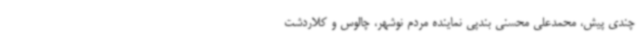
چندی پیش، محمدعلی محسنی بندپی نماینده مردم نوشهر، چالوس و کلاردشت